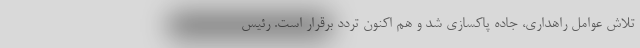
تلاش عوامل راهداری، جاده پاکسازی شد و هم اکنون تردد برقرار است. رئیس